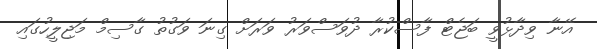
އޭނާ ވިދާޅުވީ ބަޖެޓް ފާސްކުރާ ދުވަސްވަރު ވަަރަށް ގިނަ ވަގުތު ގާސިމް މަޖިލީހުގައި